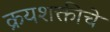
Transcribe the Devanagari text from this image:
क्रयशक्तीचे